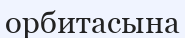
орбитасына